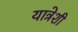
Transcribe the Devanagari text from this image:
यात्रेशी